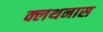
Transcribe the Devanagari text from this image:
क्लथनास